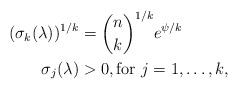
\begin{align*} (\sigma_k(\lambda))^{1/k} = {} &\binom{n}{k}^{1/k} e^{\psi/k}\\ \sigma_j(\lambda) >{} & 0, \textrm{for } j=1, \ldots, k, \end{align*}